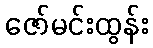
ဇော်မင်းထွန်း